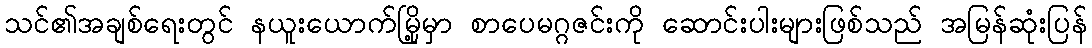
သင်၏အချစ်ရေးတွင် နယူးယောက်မြို့မှာ စာပေမဂ္ဂဇင်းကို ဆောင်းပါးများဖြစ်သည် အမြန်ဆုံးပြန်